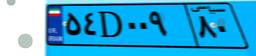
۵۴D۰۰۹۸۰